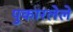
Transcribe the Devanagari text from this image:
पुकारलेले